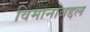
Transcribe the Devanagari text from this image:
विमानाबद्दल